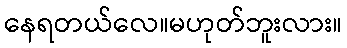
နေရတယ်လေ။မဟုတ်ဘူးလား။